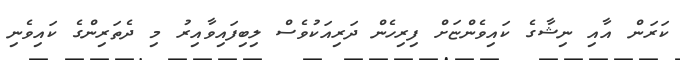
ކަރަން އާއި ނިޝާގެ ކައިވެންޏަށް ފިރިހެން ދަރިއަކުވެސް ލިބިފައިވާއިރު މި ދެތަރިންގެ ކައިވެނި